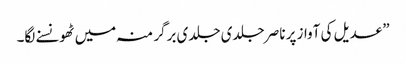
” عدیل کی آواز پر ناصر جلدی جلدی برگر منہ میں ٹھونسنے لگا۔